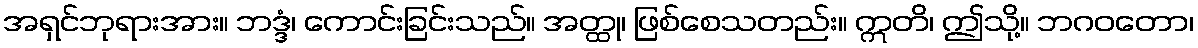
အရှင်ဘုရားအား။ ဘဒ္ဒံ၊ ကောင်းခြင်းသည်။ အတ္ထု၊ ဖြစ်စေသတည်း။ ဣတိ၊ ဤသို့။ ဘဂဝတော၊